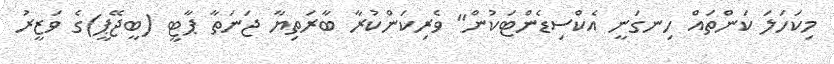
މިކަހަލަ ކަންތައް ހިނގަނީ އެކްސިޑެންޓަކުން" ވެރިކަންކުރާ ބާރަތިޔާ ޖަނަތާ ޕާޓީ (ބީޖޭޕީ)ގެ ވަޒީރު